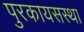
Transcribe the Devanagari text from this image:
पुरकायसस्था